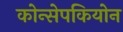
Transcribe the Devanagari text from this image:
कोन्सेपकियोन